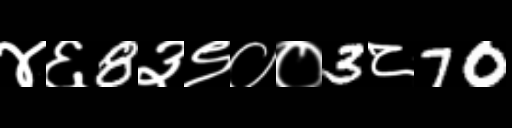
Text: ४६8३९००3८70